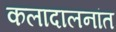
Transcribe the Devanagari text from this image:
कलादालनांत